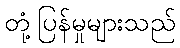
တုံ့ပြန်မှုများသည်